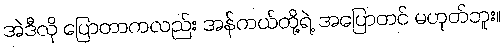
အဲဒီလို ပြောတာကလည်း အန်ကယ်တို့ရဲ့ အပြောတင် မဟုတ်ဘူး။